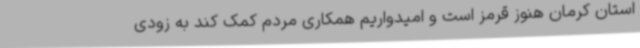
استان کرمان هنوز قرمز است و امیدواریم همکاری مردم کمک کند به زودی